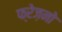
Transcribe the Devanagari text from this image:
फ्रेज़नो